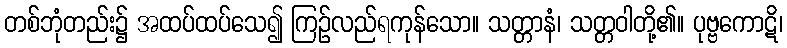
တစ်ဘုံတည်း၌ အထပ်ထပ်သေ၍ ကြဉ်လည်ရကုန်သော။ သတ္တာနံ၊ သတ္တဝါတို့၏။ ပုဗ္ဗကောဋိ၊